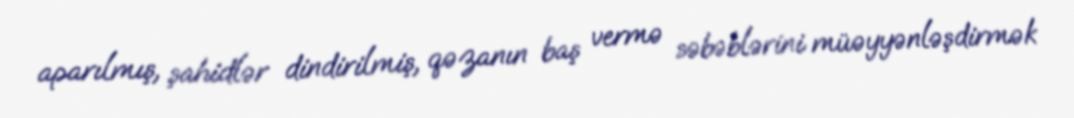
aparılmış, şahidlər dindirilmiş, qəzanın baş vermə səbəblərini müəyyənləşdirmək